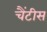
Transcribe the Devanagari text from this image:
चैंटीस